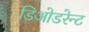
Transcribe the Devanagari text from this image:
डिओडरेन्ट